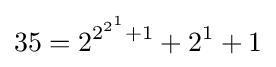
35=2^{2^{2^{1}}+1}+2^{1}+1